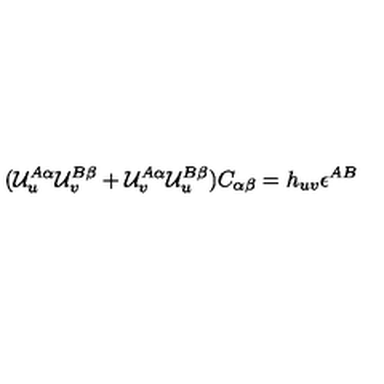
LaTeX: ( { \cal U } _ { u } ^ { A \alpha } { \cal U } _ { v } ^ { B \beta } + { \cal U } _ { v } ^ { A \alpha } { \cal U } _ { u } ^ { B \beta } ) C _ { \alpha \beta } = h _ { u v } \epsilon ^ { A B }